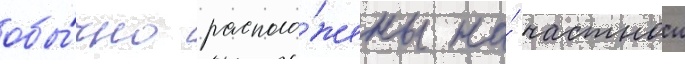
обы́чно располо́жены на́ частнои